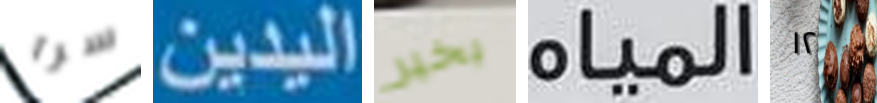
سرا اليدين بخير المياه ١٢